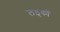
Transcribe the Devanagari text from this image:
लड़्कों